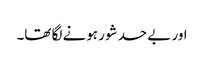
اور بے حد شور ہونے لگا تھا۔